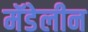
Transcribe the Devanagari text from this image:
मॅडेलीन